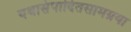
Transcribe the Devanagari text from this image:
यथासंपादितसामग्रया